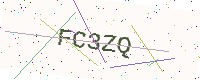
Text: FC3ZQ